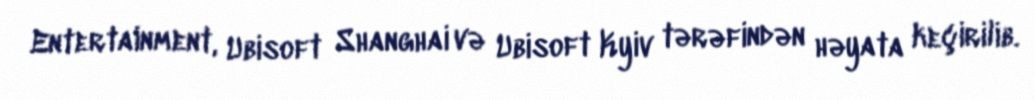
Entertainment, Ubisoft Shanghai və Ubisoft Kyiv tərəfindən həyata keçirilib.